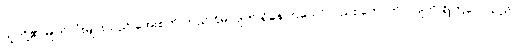
သူတို့၏ မျက်လုံးများသည် အေးစက် တည်ငြိမ်လျက် ရှိနေကြသော်လည်း တောက်ပလျက် ရှိကြလေသည်။